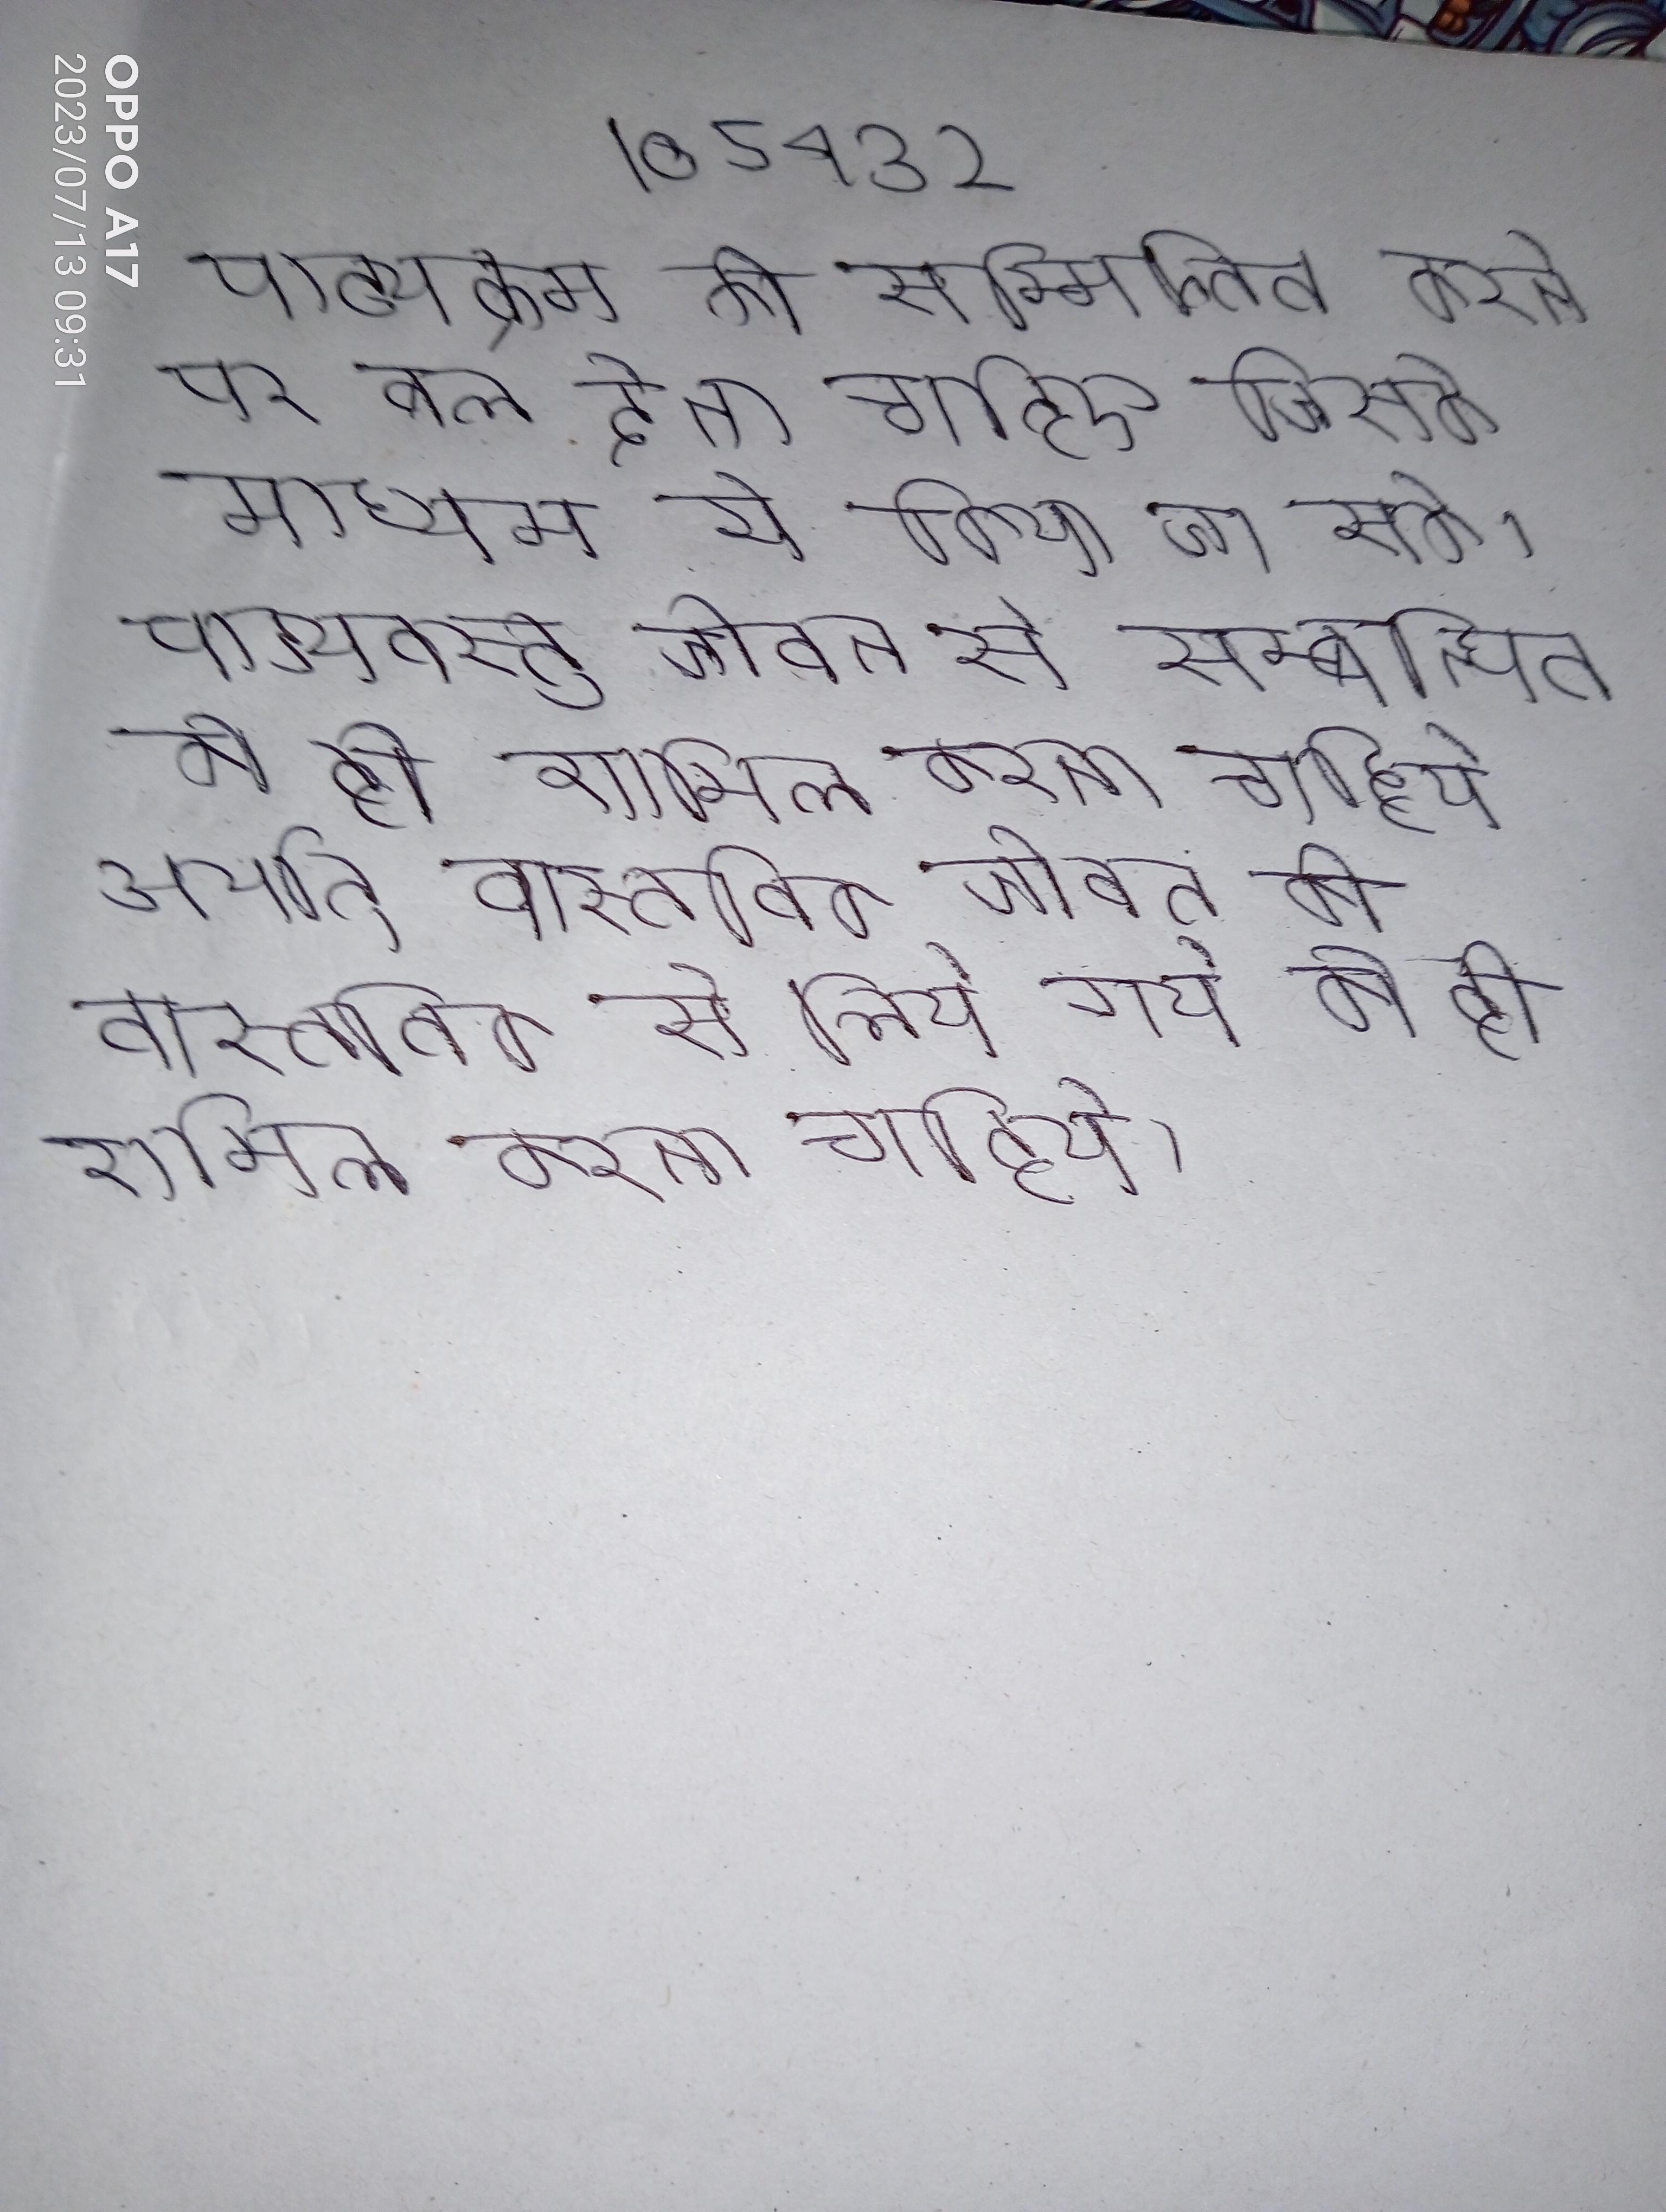
पाठ्यक्रम को सम्मिलित करने पर बल देना चाहिए जिसके माध्यम से उक्त लक्ष्य को प्राप्त किया जा सके । पाठ्यवस्तु जीवन से सम्बन्धित को ही शामिल करना चाहिये अर्थात् वास्तविक जीवन की वास्तविक से लिये गये को ही शामिल करना चाहिये ।